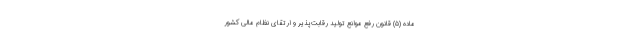
ماده ‌(۵) قانون رفع موانع تولید رقابت‌پذیر و ارتقای نظام مالی کشور